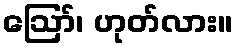
ဪ၊ ဟုတ်လား။